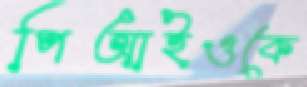
পিআইওকে